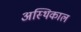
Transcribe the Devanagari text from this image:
अस्थिकाल